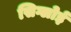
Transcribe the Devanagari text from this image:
सिग्लोई